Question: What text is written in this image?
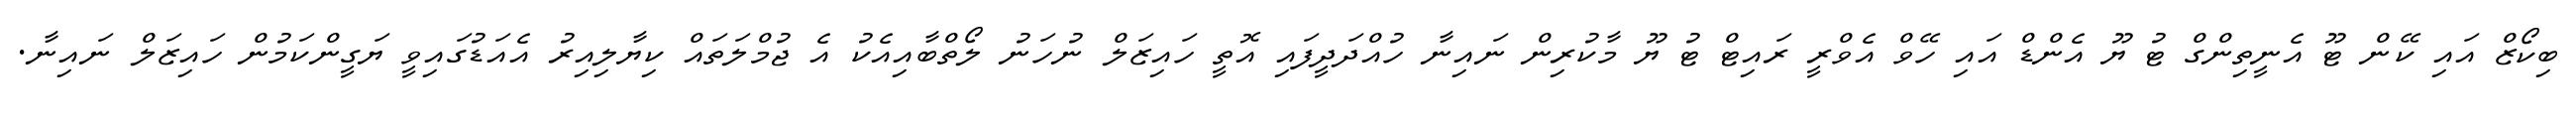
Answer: ބިކޯޒް އައި ކޭން ޓޫ އެނީތިންގް ޓު ޔޫ އެންޑް އައި ހޭވް އެވްރީ ރައިޓް ޓު ޔޫ މާކުރިން ނައިނާ ހުއްދަދީފައި އޮތީ ހައިޒަލް ނުހަނު ލޯތްބާއިއެކު އެ ޖުމްލަތައް ކިޔާލިއިރު އެއަޑުގައިވީ ޔަގީންކަމުން ހައިޒަލް ނައިނާ.